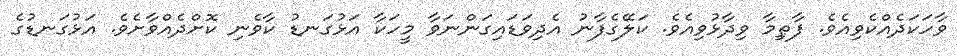
ވާހަކަދެއްކެވިއެވެ. ފާޠިމާ ވިދާޅުވިއެވެ. ކަލޭގެފާނު އެދިވަޑައިގަންނަވާ މީހަކާ އަޅުގަނޑު ކާވެނި ކޮށްދެއްވާށެވެ. އަޅުގަނޑުގެ